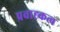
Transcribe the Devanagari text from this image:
प्रवाह्कत्व